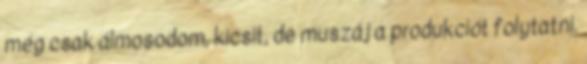
még csak álmosodom, kicsit, de muszáj a produkciót folytatni.